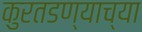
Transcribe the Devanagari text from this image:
कुरतडण्याच्या